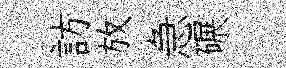
訪放急碾